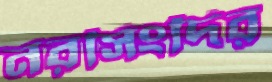
নরসিংদির